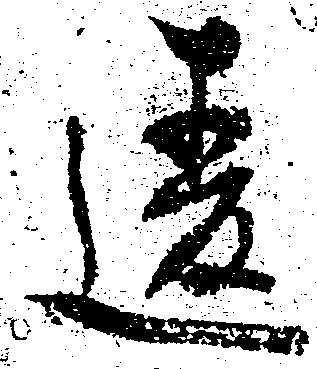
違